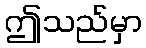
ဤသည်မှာ